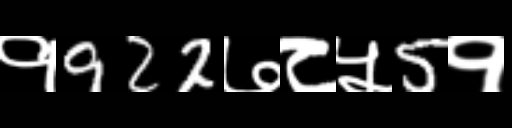
Text: १922७८५5१